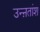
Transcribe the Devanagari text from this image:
उन्ऩतांश